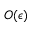
O ( \epsilon )